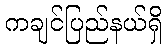
ကချင်ပြည်နယ်ရှိ